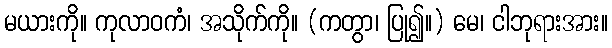
မယားကို။ ကုလာဝကံ၊ အသိုက်ကို။ (ကတွာ၊ ပြု၍။) မေ၊ ငါဘုရားအား။